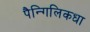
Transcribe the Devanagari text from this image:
पैन्गिलिकधा